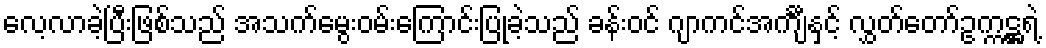
လေ့လာခဲ့ပြီးဖြစ်သည် အသက်မွေးဝမ်းကြောင်းပြုခဲ့သည် ခန်းဝင် ဂျာကင်အင်္ကျီနှင့် လွှတ်တော်ဥက္ကဋ္ဌရဲ့